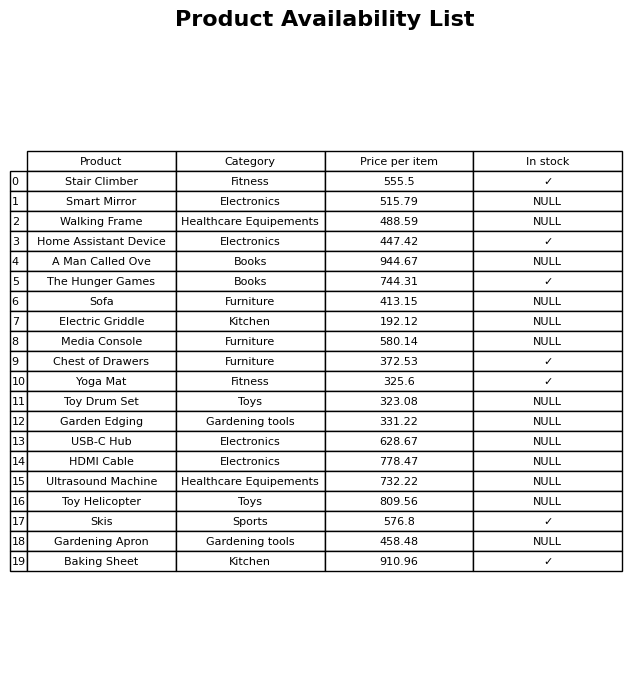
question: What is the stock status of the Electric Griddle?
answer: NULL